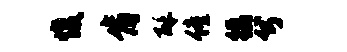
愎肯酥僮徭兮